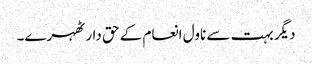
دیگر بہت سے ناول انعام کے حق دار ٹھہرے۔